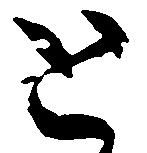
と